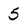
Character: 5